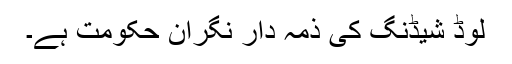
لوڈ شیڈنگ کی ذمہ دار نگران حکومت ہے۔